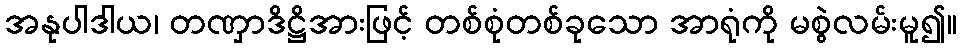
အနုပါဒါယ၊ တဏှာဒိဋ္ဌိအားဖြင့် တစ်စုံတစ်ခုသော အာရုံကို မစွဲလမ်းမူ၍။